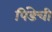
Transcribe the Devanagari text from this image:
पिंडेची